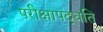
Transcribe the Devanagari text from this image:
परीक्षापद्धति